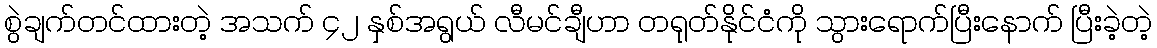
စွဲချက်တင်ထားတဲ့ အသက် ၄၂ နှစ်အရွယ် လီမင်ချီဟာ တရုတ်နိုင်ငံကို သွားရောက်ပြီးနောက် ပြီးခဲ့တဲ့